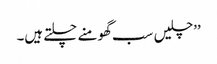
’’چلیں سب گھومنے چلتے ہیں۔